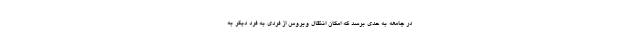
در جامعه به حدی برسد که امکان انتقال ویروس از فردی به فرد دیگر به